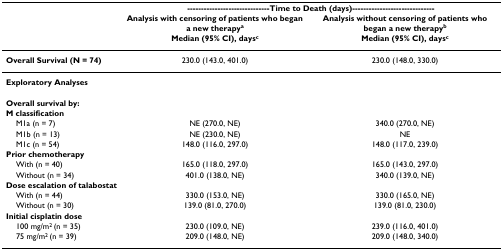
<table><thead><tr><td></td><td colspan="2"><b>------------------------------Time to Death (days)------------------------------</b></td></tr><tr><td></td><td><b>Analysis with censoring of patients who began a new therapy<sup>a</sup></b></td><td><b>Analysis without censoring of patients who began a new therapy<sup>b</sup></b></td></tr><tr><td></td><td><b>Median (95% CI), days<sup>c</sup></b></td><td><b>Median (95% CI), days<sup>c</sup></b></td></tr></thead><tbody><tr><td><b>Overall Survival (N = 74)</b></td><td>230.0 (143.0, 401.0)</td><td>230.0 (148.0, 330.0)</td></tr><tr><td><b>Exploratory Analyses</b></td><td></td><td></td></tr><tr><td><b>Overall survival by:</b></td><td></td><td></td></tr><tr><td><b>M classification</b></td><td></td><td></td></tr><tr><td> M1a (n = 7)</td><td>NE (270.0, NE)</td><td>340.0 (270.0, NE)</td></tr><tr><td> M1b (n = 13)</td><td>NE (230.0, NE)</td><td>NE</td></tr><tr><td> M1c (n = 54)</td><td>148.0 (116.0, 297.0)</td><td>148.0 (117.0, 239.0)</td></tr><tr><td><b>Prior chemotherapy</b></td><td></td><td></td></tr><tr><td> With (n = 40)</td><td>165.0 (118.0, 297.0)</td><td>165.0 (143.0, 297.0)</td></tr><tr><td> Without (n = 34)</td><td>401.0 (138.0, NE)</td><td>340.0 (139.0, NE)</td></tr><tr><td><b>Dose escalation of talabostat</b></td><td></td><td></td></tr><tr><td> With (n = 44)</td><td>330.0 (153.0, NE)</td><td>330.0 (165.0, NE)</td></tr><tr><td> Without (n = 30)</td><td>139.0 (81.0, 270.0)</td><td>139.0 (81.0, 230.0)</td></tr><tr><td><b>Initial cisplatin dose</b></td><td></td><td></td></tr><tr><td> 100 mg/m<sup>2 </sup>(n = 35)</td><td>230.0 (109.0, NE)</td><td>239.0 (116.0, 401.0)</td></tr><tr><td> 75 mg/m<sup>2 </sup>(n = 39)</td><td>209.0 (148.0, NE)</td><td>209.0 (148.0, 340.0)</td></tr></tbody></table>